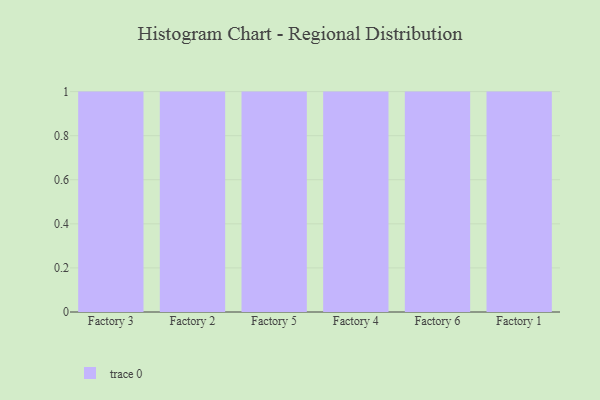
{"axis": {"x": "Factory", "y": "Net Income (USD K)"}, "legend": [""], "data": [{"x": "Factory 3", "y": 73, "type": ""}, {"x": "Factory 2", "y": 70, "type": ""}, {"x": "Factory 5", "y": 81, "type": ""}, {"x": "Factory 4", "y": 27, "type": ""}, {"x": "Factory 6", "y": 59, "type": ""}, {"x": "Factory 1", "y": 11, "type": ""}]}